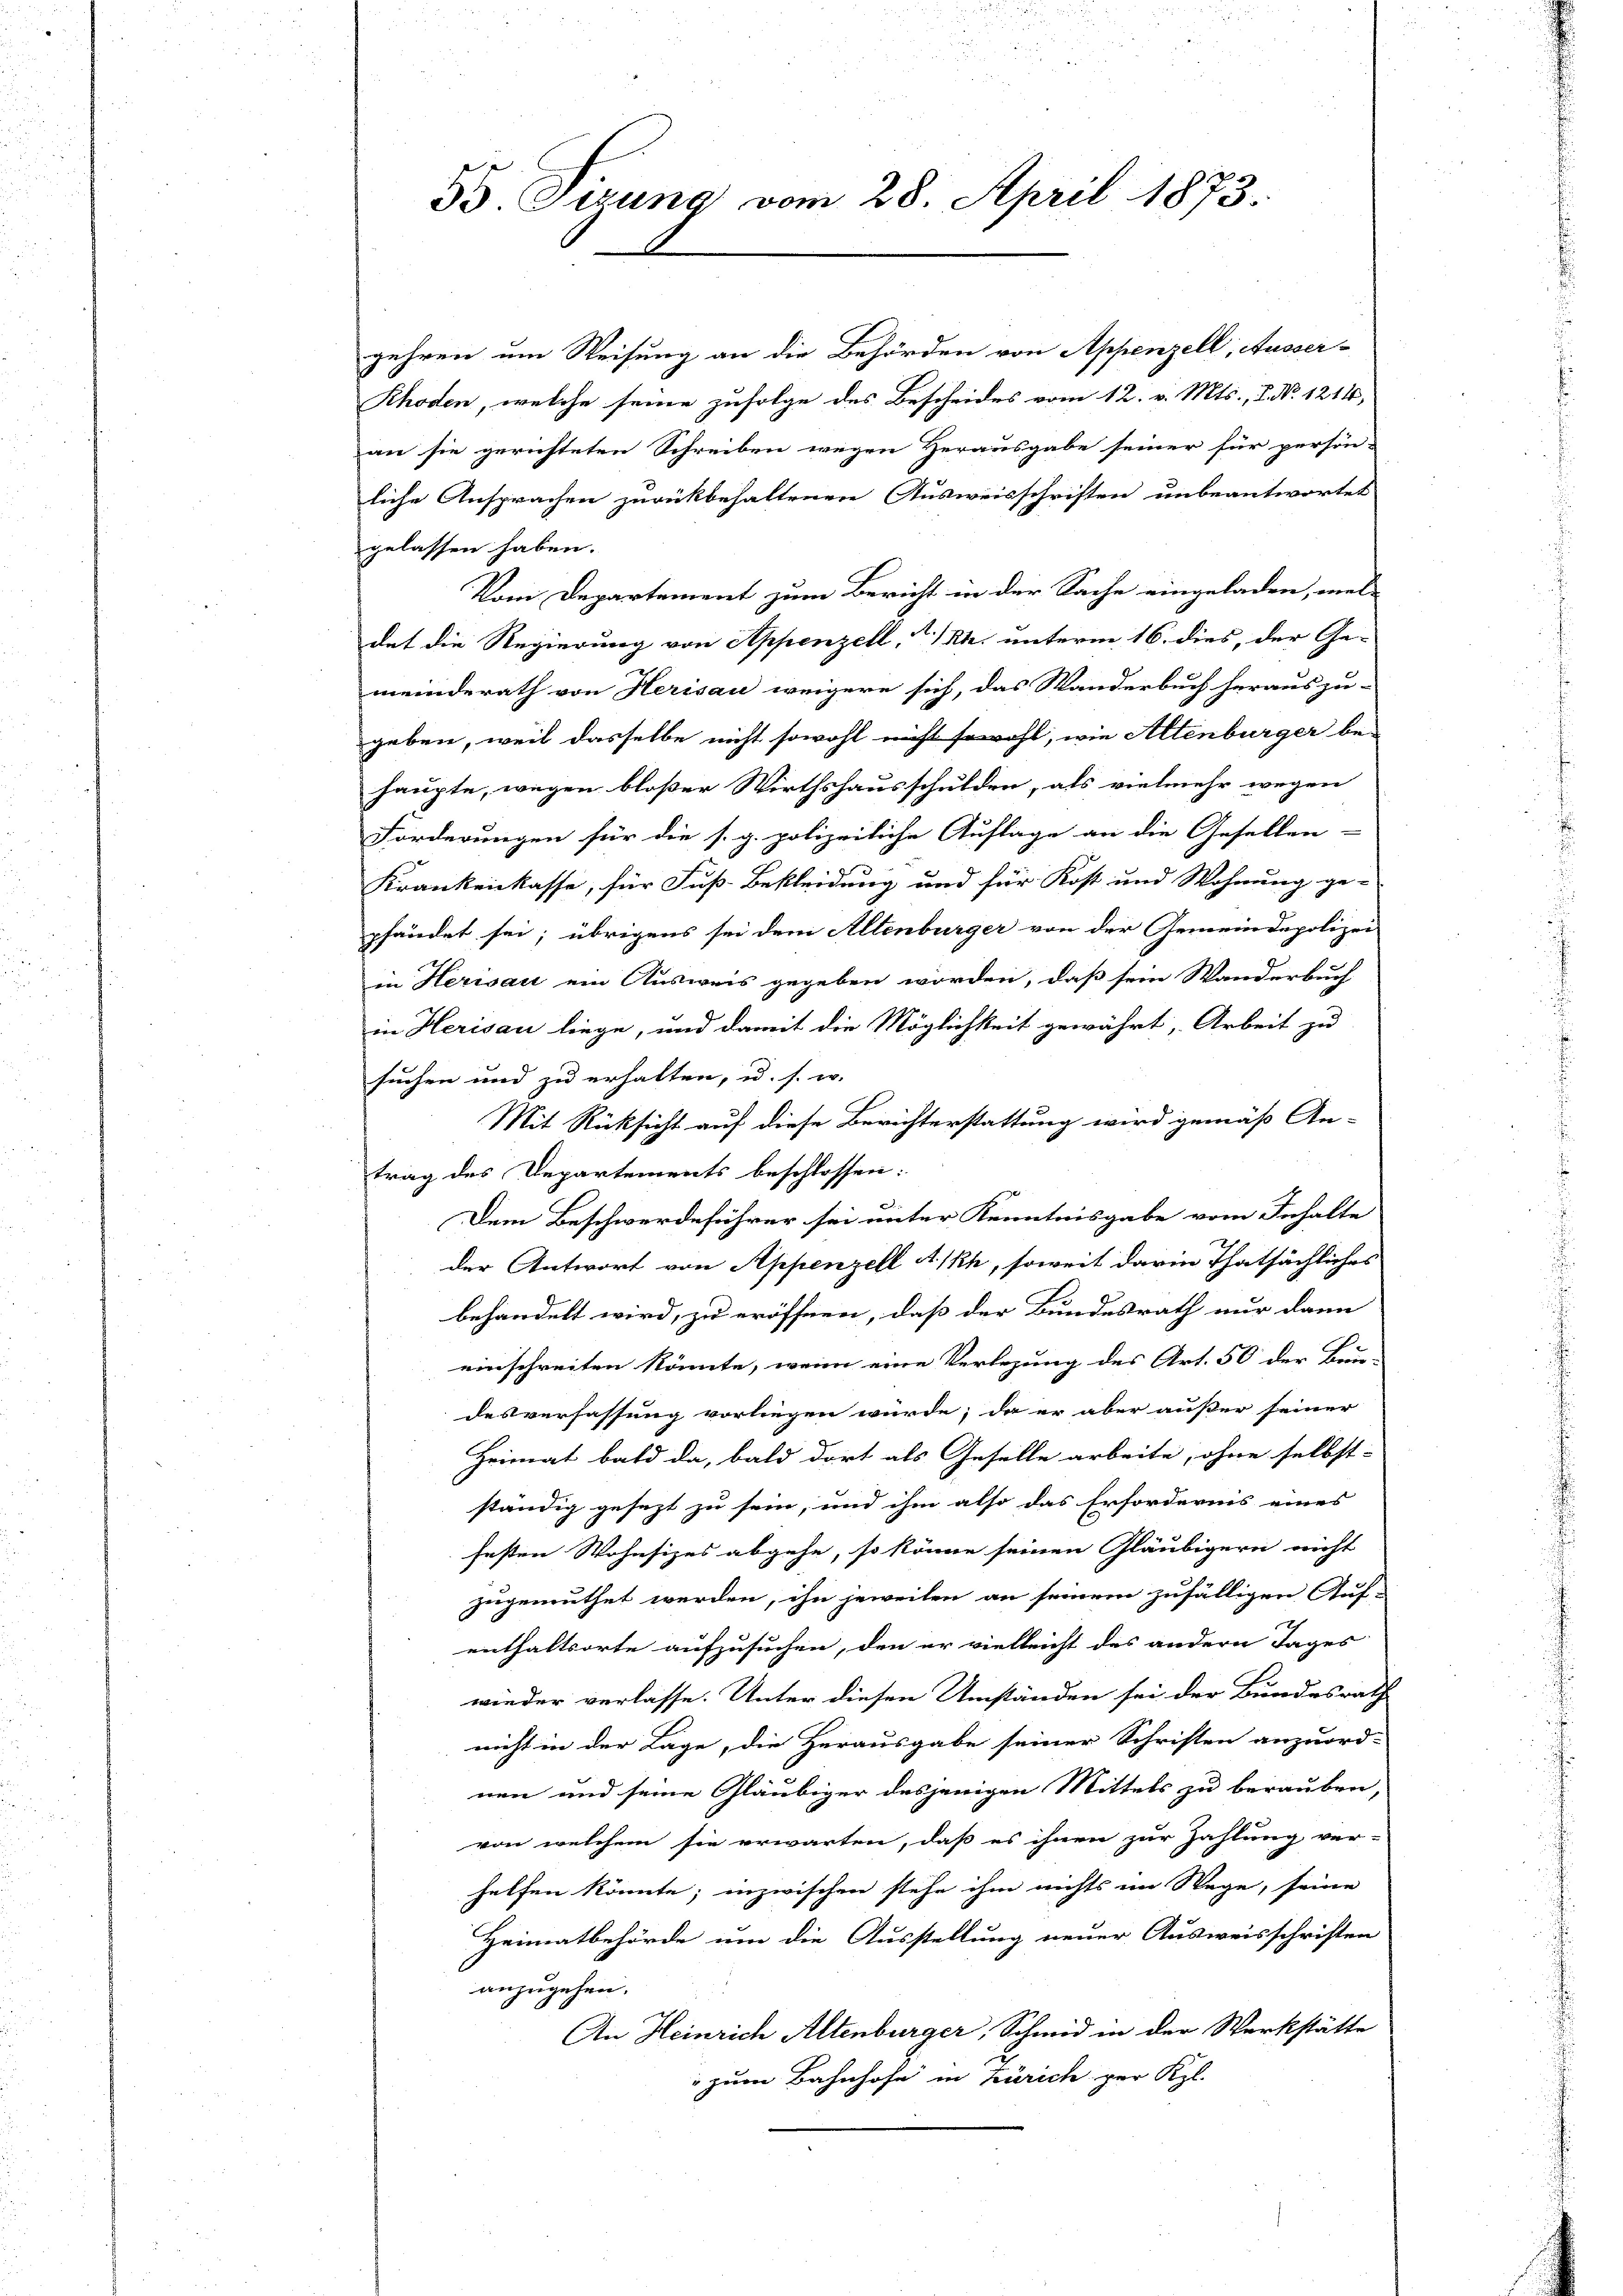
gehren um Weisung an die Behörden von Appenzell, Ausser-
Rhoden, welche seine zufolge des Bescheides vom 12. v. Mts., S. No. 1214,
an sie gerichteten Schreiben wegen Herausgabe seiner für persön-
liche Ansprachen zurückbehaltenen Ausweisschriften unbeantwortet
gelassen haben.
Vom Departement zum Bericht in der Sache eingeladen, wel
dat die Regierung von Appenzell A/Rh. unterm 16. dies, der Ge-
meinderath von Herisau weigere sich, das Wanderbuch herauszu-
geben, weil dasselbe nicht sowohl nicht sowohl, wie Altenburger be-
haupte, wegen bloßer Wirthshausschulden, als vielmehr wegen
Forderungen für die s. g. polizeiliche Auflage an die Gefallen-
Krankenkasse, für Fuß-Bekleidung und für Kost und Wohnung ge-
pfändet sei; übrigens sei dem Altenburger von der Gemeindepolizei
in Herisau ein Ausweis gegeben worden, daß sein Wanderbuch
in Herisau liege, und damit die Möglichkeit gewährt, Arbeit zu
suchen und zu erhalten, u. s. w.
Mit Rücksicht auf diese Berichterstattung wird gemäß An-
trag des Departements beschlossen:
Dem Beschwerdeführer sei unter Kenntnisgabe vom Inhalte
der Antwort von Appenzell A/Rh, soweit darin Thatsächliches
behandelt wird, zu eröffnen, daß der Bundesrath nur dann
.
einschreiten könnte, wenn eine Verlegung des Art. 50 der Bun-
desverfassung vorliegen würde; da er aber außer seiner
Heimat bald da, bald dort als Geselle arbeite, ohne selbst-
ständig gesezt zu sein, und ihm also das Erfordernis eines
festen Wohnsizes abgehe, so könne seinen Gläubigern nicht
zugemuthet werden, ihn jeweilen an seinem zufälligen Auf-
enthaltsorte aufzusuchen, den er vielleicht des andern Tages
wieder verlasse. Unter diesen Umständen sei der Bundesrath
nicht in der Lage, die Herausgabe seiner Schriften anzuord-
nen und seine Gläubiger desjenigen Mittels zu berauben,
von welchem sie erwarten, daß es ihnen zur Zahlung ver-
helfen könnte; inzwischen stehe ihm nichts im Wege, seine
Heimatbehörde um die Ausstellung neuer Ausweisschriften
anzugehen.
An Heinrich Altenburger, Schmid in der Werkstätte
" zum Bahnhofe in Zürich per Kl.

55. Tizung vom 28. April 1873.